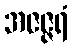
အဇဇ္ဇရံ